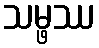
သမ္ဖဿ